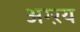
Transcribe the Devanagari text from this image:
अग्ऱय